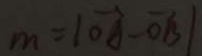
m = \vert \overrightarrow { O } A - \overrightarrow { O B } \vert